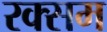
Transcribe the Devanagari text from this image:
रक्सम